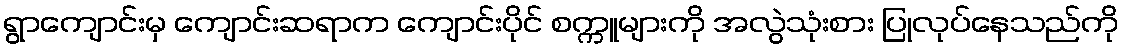
ရွာကျောင်းမှ ကျောင်းဆရာက ကျောင်းပိုင် စက္ကူများကို အလွဲသုံးစား ပြုလုပ်နေသည်ကို